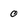
Character: o